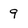
Character: 9